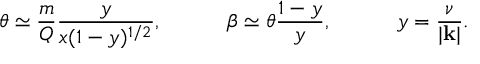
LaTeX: \theta \simeq \frac { m } { Q } \frac { y } { x ( 1 - y ) ^ { 1 / 2 } } , ~ ~ ~ ~ \ ~ ~ ~ ~ \beta \simeq \theta \frac { 1 - y } { y } , ~ ~ ~ ~ \ ~ ~ ~ ~ y = \frac { \nu } { | { \bf k } | } .